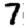
Digit: 7